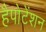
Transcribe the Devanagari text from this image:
हैपोटेंशन